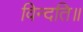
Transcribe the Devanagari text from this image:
विन्दति॥